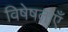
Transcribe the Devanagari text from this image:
विषेषताएँ